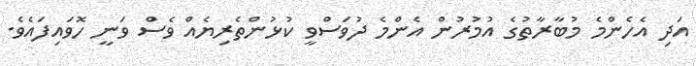
އަދި އެހެންމެ މުބާރާތުގެ އުމުރުން އެންމެ ދުވަސްވީ ކުޅުންތެރިޔެއް ވެސް ވަނީ ހޮވައިފައެވެ.